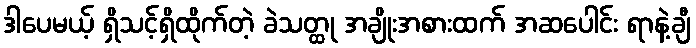
ဒါပေမယ့် ရှိသင့်ရှိထိုက်တဲ့ ခဲသတ္ထု အချိုးအစားထက် အဆပေါင်း ရာနဲ့ချီ